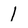
Character: I